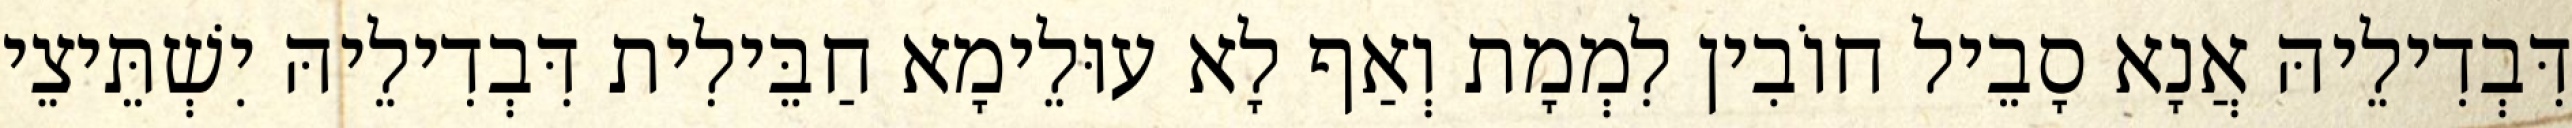
דִּבְדִילֵיהּ אֲנָא סָבֵיל חוֹבִין לִמְמָת וְאַף לָא עוּלֵימָא חַבֵּילִית דִּבְדִילֵיהּ יִשְׁתֵּיצֵי